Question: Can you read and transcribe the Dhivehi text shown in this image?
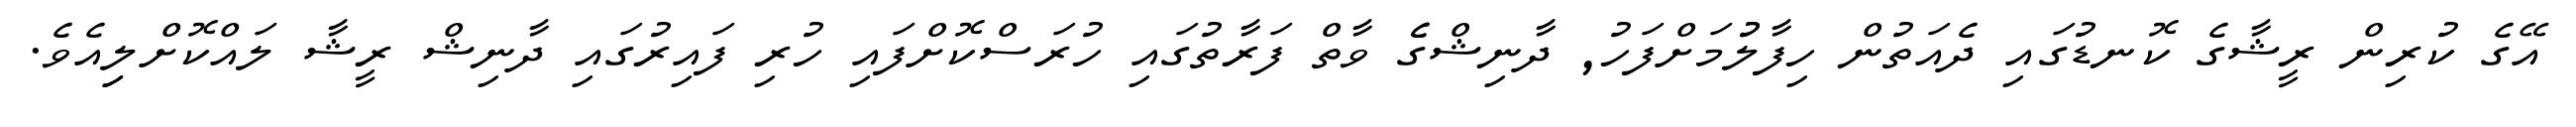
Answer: އޭގެ ކުރިން ރީޝާގެ ކޮނޑުގައި ދެއަތުން ހިފާލުުމަށްފަހު, ދާނިޝްގެެ ވާތް ފަރާތުގައި ހުރަސްކޮށްފައި ހުރި ފައިރުގައި ދާނިޝް ރީޝާ ލައްކޮށްލިިއެވެ.